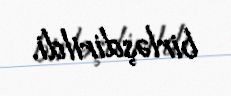
birləşdirildi.